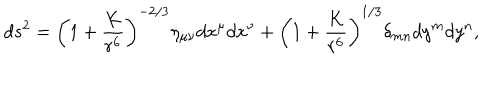
d s ^ { 2 } = \left( 1 + { \frac { K } { r ^ { 6 } } } \right) ^ { - 2 / 3 } \eta _ { \mu \nu } d x ^ { \mu } d x ^ { \nu } + \left( 1 + { \frac { K } { r ^ { 6 } } } \right) ^ { 1 / 3 } \delta _ { m n } d y ^ { m } d y ^ { n } ,